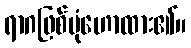
ရာဂဖြစ်ပုံဟောထား၏။